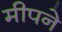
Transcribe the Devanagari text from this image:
मीपने